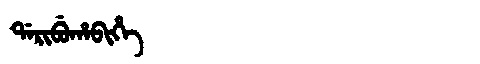
Manchu: ᡩᠠᡵᡳᠪᡠᡥᠠᠪᡳᡥᡝ
Romanization: DARIBUHABIHE